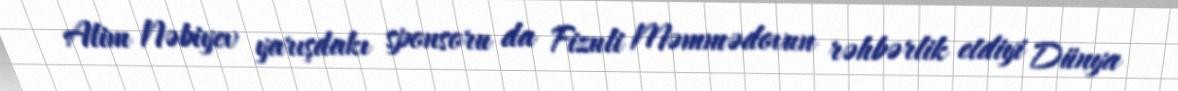
Alim Nəbiyev yarışdakı sponsoru da Fizuli Məmmədovun rəhbərlik etdiyi Dünya